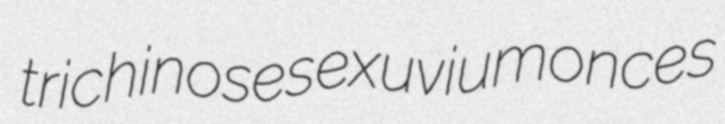
trichinoses exuvium onces